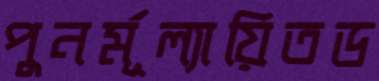
পুনর্মূল্যায়িতড